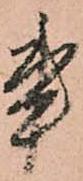
事